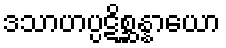
ဒသာဟပ္ပဋိစ္ဆန္နာယော